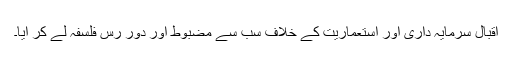
اقبال سرمایہ داری اور استعماریت کے خلاف سب سے مضبوط اور دور رس فلسفہ لے کر آیا۔